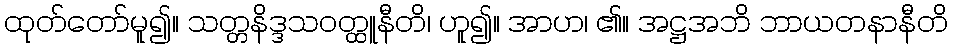
ထုတ်တော်မူ၍။ သတ္တနိဒ္ဒသဝတ္ထူနီတိ၊ ဟူ၍။ အာဟ၊ ၏။ အဋ္ဌအဘိ ဘာယတနာနီတိ